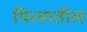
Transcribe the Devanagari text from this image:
पित्यातील